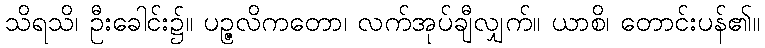
သိရသိ၊ ဦးခေါင်း၌။ ပဉ္ဇလိကတော၊ လက်အုပ်ချီလျှက်။ ယာစိ၊ တောင်းပန်၏။